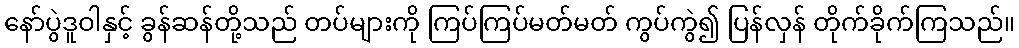
နော်ပွဲဒူဝါနှင့် ခွန်ဆန်တို့သည် တပ်များကို ကြပ်ကြပ်မတ်မတ် ကွပ်ကွဲ၍ ပြန်လှန် တိုက်ခိုက်ကြသည်။